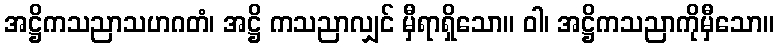
အဋ္ဌိကသညာသဟဂတံ၊ အဋ္ဌိ ကသညာလျှင် မှီရာရှိသော။ ဝါ၊ အဋ္ဌိကသညာကိုမှီသော။